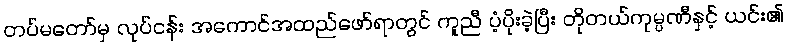
တပ်မတော်မှ လုပ်ငန်း အကောင်အထည်ဖော်ရာတွင် ကူညီ ပံ့ပိုးခဲ့ပြီး တိုတယ်ကုမ္ပဏီနှင့် ယင်း၏